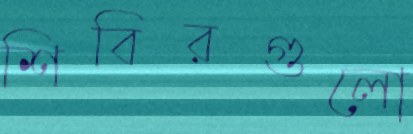
শিবিরগুলো